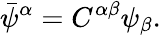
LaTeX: \bar{\psi}^{\alpha}=C^{\alpha\beta}\psi_{\beta}.